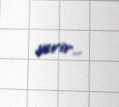
verir...